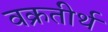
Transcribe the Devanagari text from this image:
वक्रतीर्थ